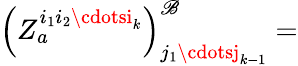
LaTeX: \left(Z_{a}^{i_{1}i_{2}\cdotsi_{k}}\right)_{j_{1}\cdotsj_{k-1}}^{\mathscr{B}}=